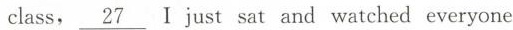
class，\underline{ 27}I just sat and watched everyone